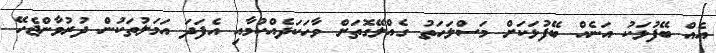
އެއް ބޭފުޅަކު އަނެއް ބޭފުޅަކަށް މަސްލަހަތު ގެއްލޭގޮތަށް ވާހަކަދެއްކުމާއި އެފަދަ އަމަލުތަކުން ދުރުވާންޖެހޭ